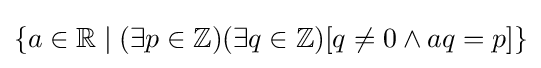
\{a\in \mathbb {R} \mid (\exists p\in \mathbb {Z} )(\exists q\in \mathbb {Z} )[q\not =0\land aq=p]\}